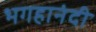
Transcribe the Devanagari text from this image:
भगहानंदी